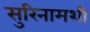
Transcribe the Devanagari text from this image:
सुरिनामशी